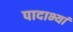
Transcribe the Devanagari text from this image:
पादाभ्यां